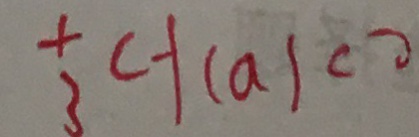
\frac { 1 } { 3 } < - 1 ( a ) < 0